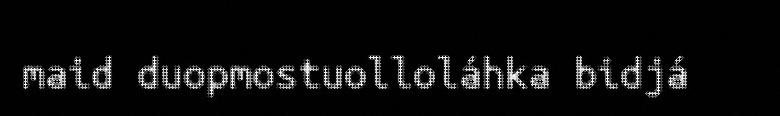
maid duopmostuolloláhka bidjá